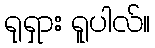
ရုရှား ရူပါလ်။